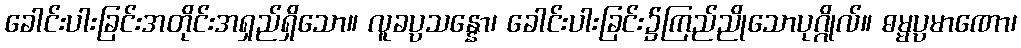
ခေါင်းပါးခြင်းအတိုင်းအရှည်ရှိသော။ လူခပ္ပသန္နော၊ ခေါင်းပါးခြင်း၌ကြည်ညိုသောပုဂ္ဂိုလ်။ ဓမ္မပ္ပမာဏော၊